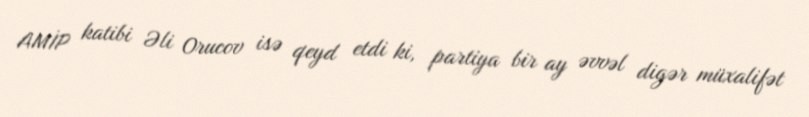
AMİP katibi Əli Orucov isə qeyd etdi ki, partiya bir ay əvvəl digər müxalifət